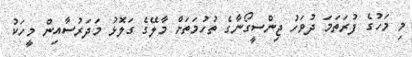
މި މަހުގެ ފުރަތަމަ ދުވަހު ޖިންސީގޯނާގެ ތުހުމަތަށް މާލޭގެ ގަލޮޅު މަދަރުސާއިން މީހަކު